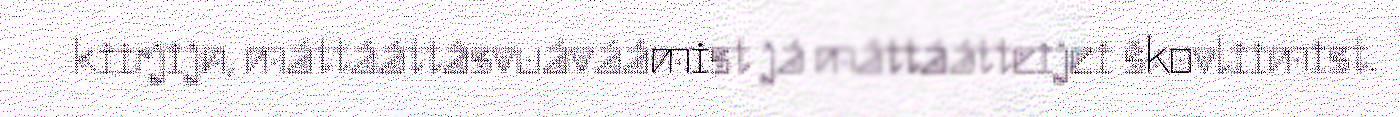
kiirjijn, máttááttâsvuáváámist já máttáátteijei škovliimist.